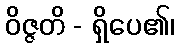
ဝိဇ္ဇတိ - ရှိပေ၏၊